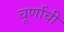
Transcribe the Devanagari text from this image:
चूर्णाची